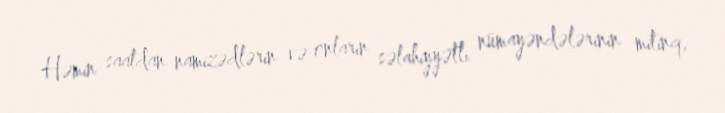
Həmin saatdan namizədlərin və onların səlahiyyətli nümayəndələrinin mitinq,